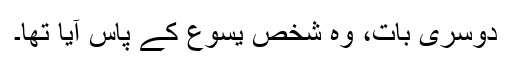
دوسری بات، وہ شخص یسوع کے پاس آیا تھا۔